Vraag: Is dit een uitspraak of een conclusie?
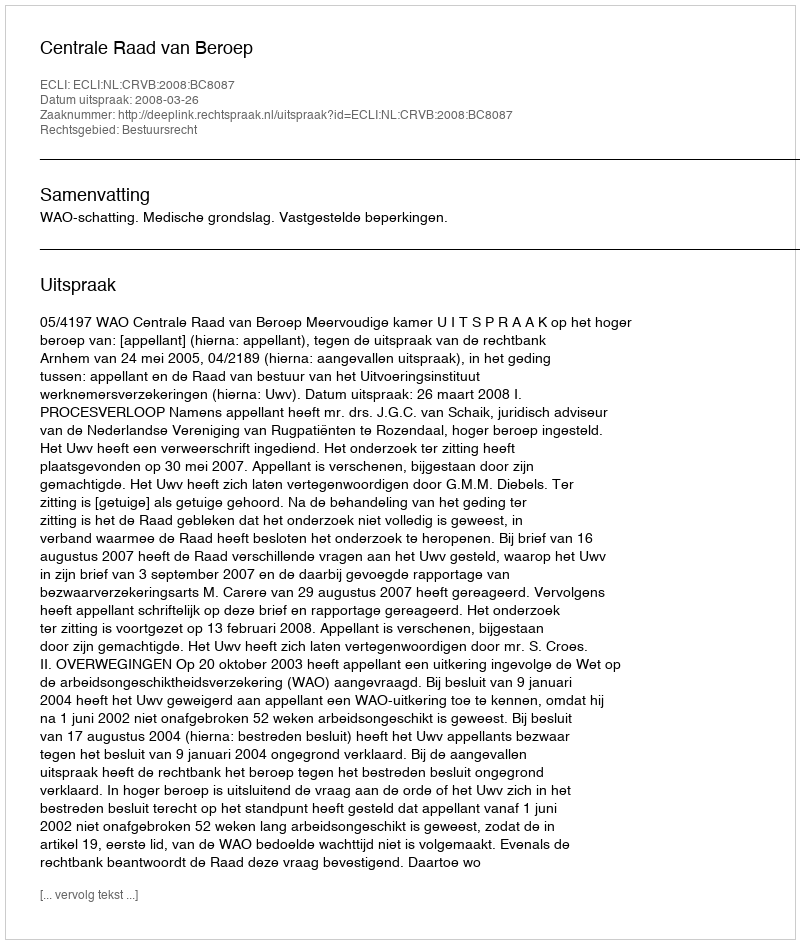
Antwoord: Uitspraak